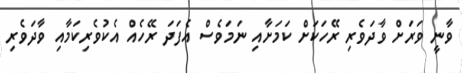
ވާނީ ވަރަށް ވާދަވެރި ރޭހަކަށް ކަމަށާއި ނަމަވެސް އެފަދަ ރޭހެއް އެކުވެރިކަމާއި ވާދަވެރި